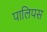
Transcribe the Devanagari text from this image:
पालिपस